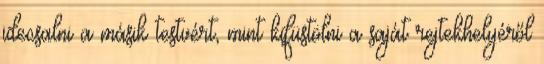
idecsalni a másik testvért, mint kifüstölni a saját rejtekhelyéről